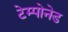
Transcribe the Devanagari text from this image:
टेम्पोनेड